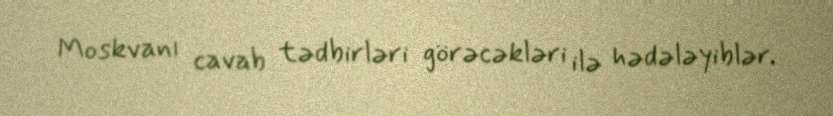
Moskvanı cavab tədbirləri görəcəkləri ilə hədələyiblər.